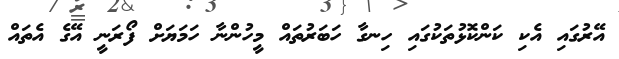
އޭރުގައި އެކި ކަންކޮޅުތަކުގައި ހިނގާ ހަބަރުތައް މީހުންނާ ހަމަޔަށް ފޯރަނީ އޭގެ އެތައް